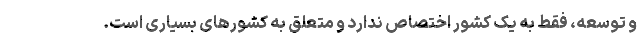
و توسعه، فقط به یک کشور اختصاص ندارد و متعلق به کشورهای بسیاری است.